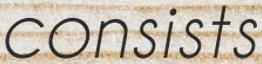
consists